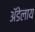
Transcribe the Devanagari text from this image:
अॅडेलाय